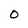
Character: 0